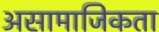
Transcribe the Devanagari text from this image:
असामाजिकता